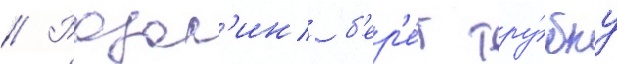
// Розал'ин б'ер'е́т тру́бку